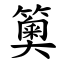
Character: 䉛